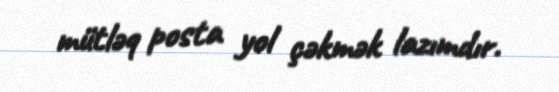
mütləq posta yol çəkmək lazımdır.